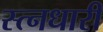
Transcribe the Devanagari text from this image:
स्त्नधारी